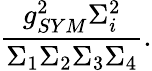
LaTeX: \frac{g_{SYM}^{2}\Sigma_{i}^{2}}{\Sigma_{1}\Sigma_{2}\Sigma_{3}\Sigma_{4}}.